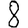
Digit: 8